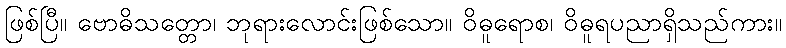
ဖြစ်ပြီ။ ဗောဓိသတ္တော၊ ဘုရားလောင်းဖြစ်သော။ ဝိဓူရောစ၊ ဝိဓူရပညာရှိသည်ကား။